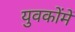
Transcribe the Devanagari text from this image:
युवकोंमें